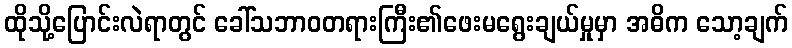
ထိုသို့ပြောင်းလဲရာတွင် ခေါ်သဘာဝတရားကြီး၏ဖေးမရွေးချယ်မှုမှာ အဓိက သော့ချက်